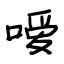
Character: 嗳